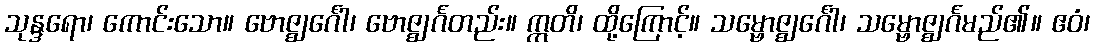
သုန္ဒရော၊ ကောင်းသော။ ဗောဇ္ဈင်္ဂေါ၊ ဗောဇ္ဈင်္ဂတည်း။ ဣတိ၊ ထို့ကြောင့်။ သမ္ဗောဇ္ဈင်္ဂေါ၊ သမ္ဗောဇ္ဈင်္ဂမည်၏။ ဧဝံ၊